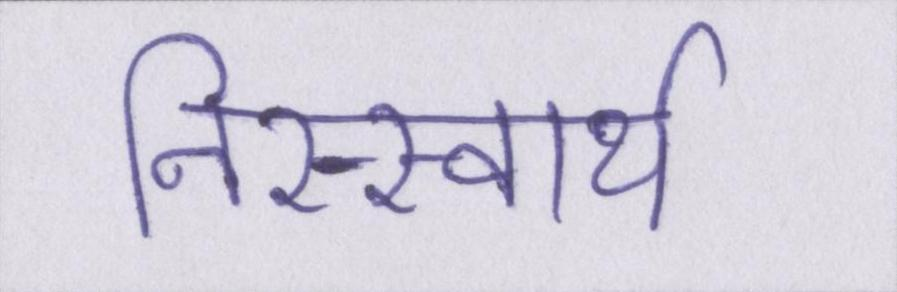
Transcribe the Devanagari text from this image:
निस्स्वार्थ